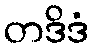
တဒိဒံ